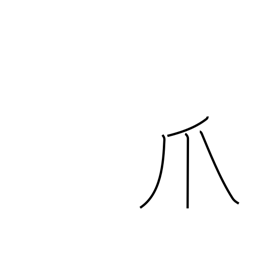
Meaning: talon